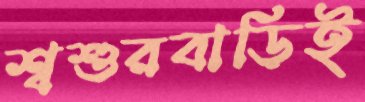
শ্বশুরবাড়িই